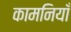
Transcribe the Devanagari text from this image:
कामनियाँ